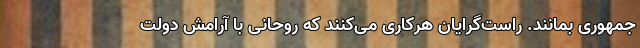
جمهوری بمانند. راست‌گرایان هرکاری می‌کنند که روحانی با آرامش دولت